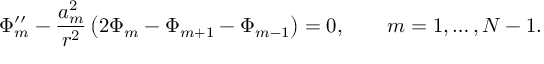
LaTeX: \Phi _ { m } ^ { \prime \prime } - \frac { a _ { m } ^ { 2 } } { r ^ { 2 } } \left( 2 \Phi _ { m } - \Phi _ { m + 1 } - \Phi _ { m - 1 } \right) = 0 , \qquad m = 1 , \ldots , N - 1 .